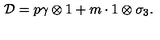
{ \cal D } = p \gamma \otimes 1 + m \cdot 1 \otimes \sigma _ { 3 } .